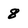
Character: 8